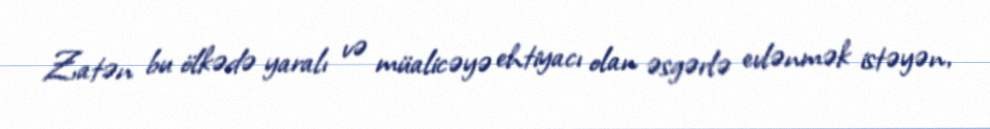
Zatən bu ölkədə yaralı və müalicəyə ehtiyacı olan əsgərlə evlənmək istəyən,